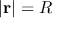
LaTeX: | \mathbf { r } | = R